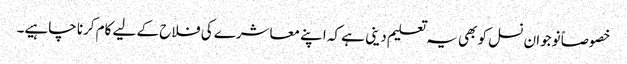
خصوصاً نوجوان نسل کو بھی یہ تعلیم دینی ہے کہ اپنے معاشرے کی فلاح کے لیے کام کرنا چاہیے۔